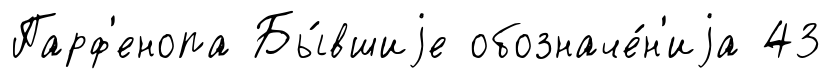
Парф'енопа Бы́вшиjе обозначе́н'иjа 43